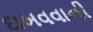
દાખવવાની